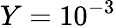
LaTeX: Y=10^{-3}